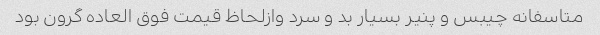
متاسفانه چیبس و پنیر بسیار بد و سرد وازلحاظ قیمت فوق العاده گرون بود